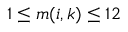
1 \leq m ( i , k ) \leq 1 2